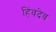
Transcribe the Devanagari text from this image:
हिंवदेव